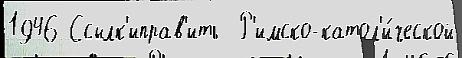
1946 Ссылк'иправ'ить  Р'имско-катол'и́ческой